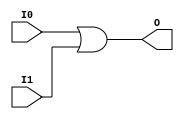

/*

FUNCTION	: 2-INPUT OR GATE

*/

`timescale  100 ps / 10 ps

`celldefine

module OR2 (O, I0, I1);


    output O;

    input  I0, I1;

    or O1 (O, I0, I1);

    specify
	(I0 *> O) = (0, 0);
	(I1 *> O) = (0, 0);
    endspecify

endmodule

`endcelldefine